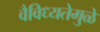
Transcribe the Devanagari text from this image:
वैविध्यतेमुळे